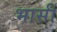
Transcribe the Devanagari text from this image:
भासीं